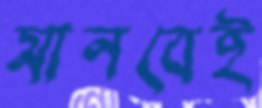
মানবেই